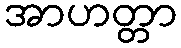
အာဟတ္တာ